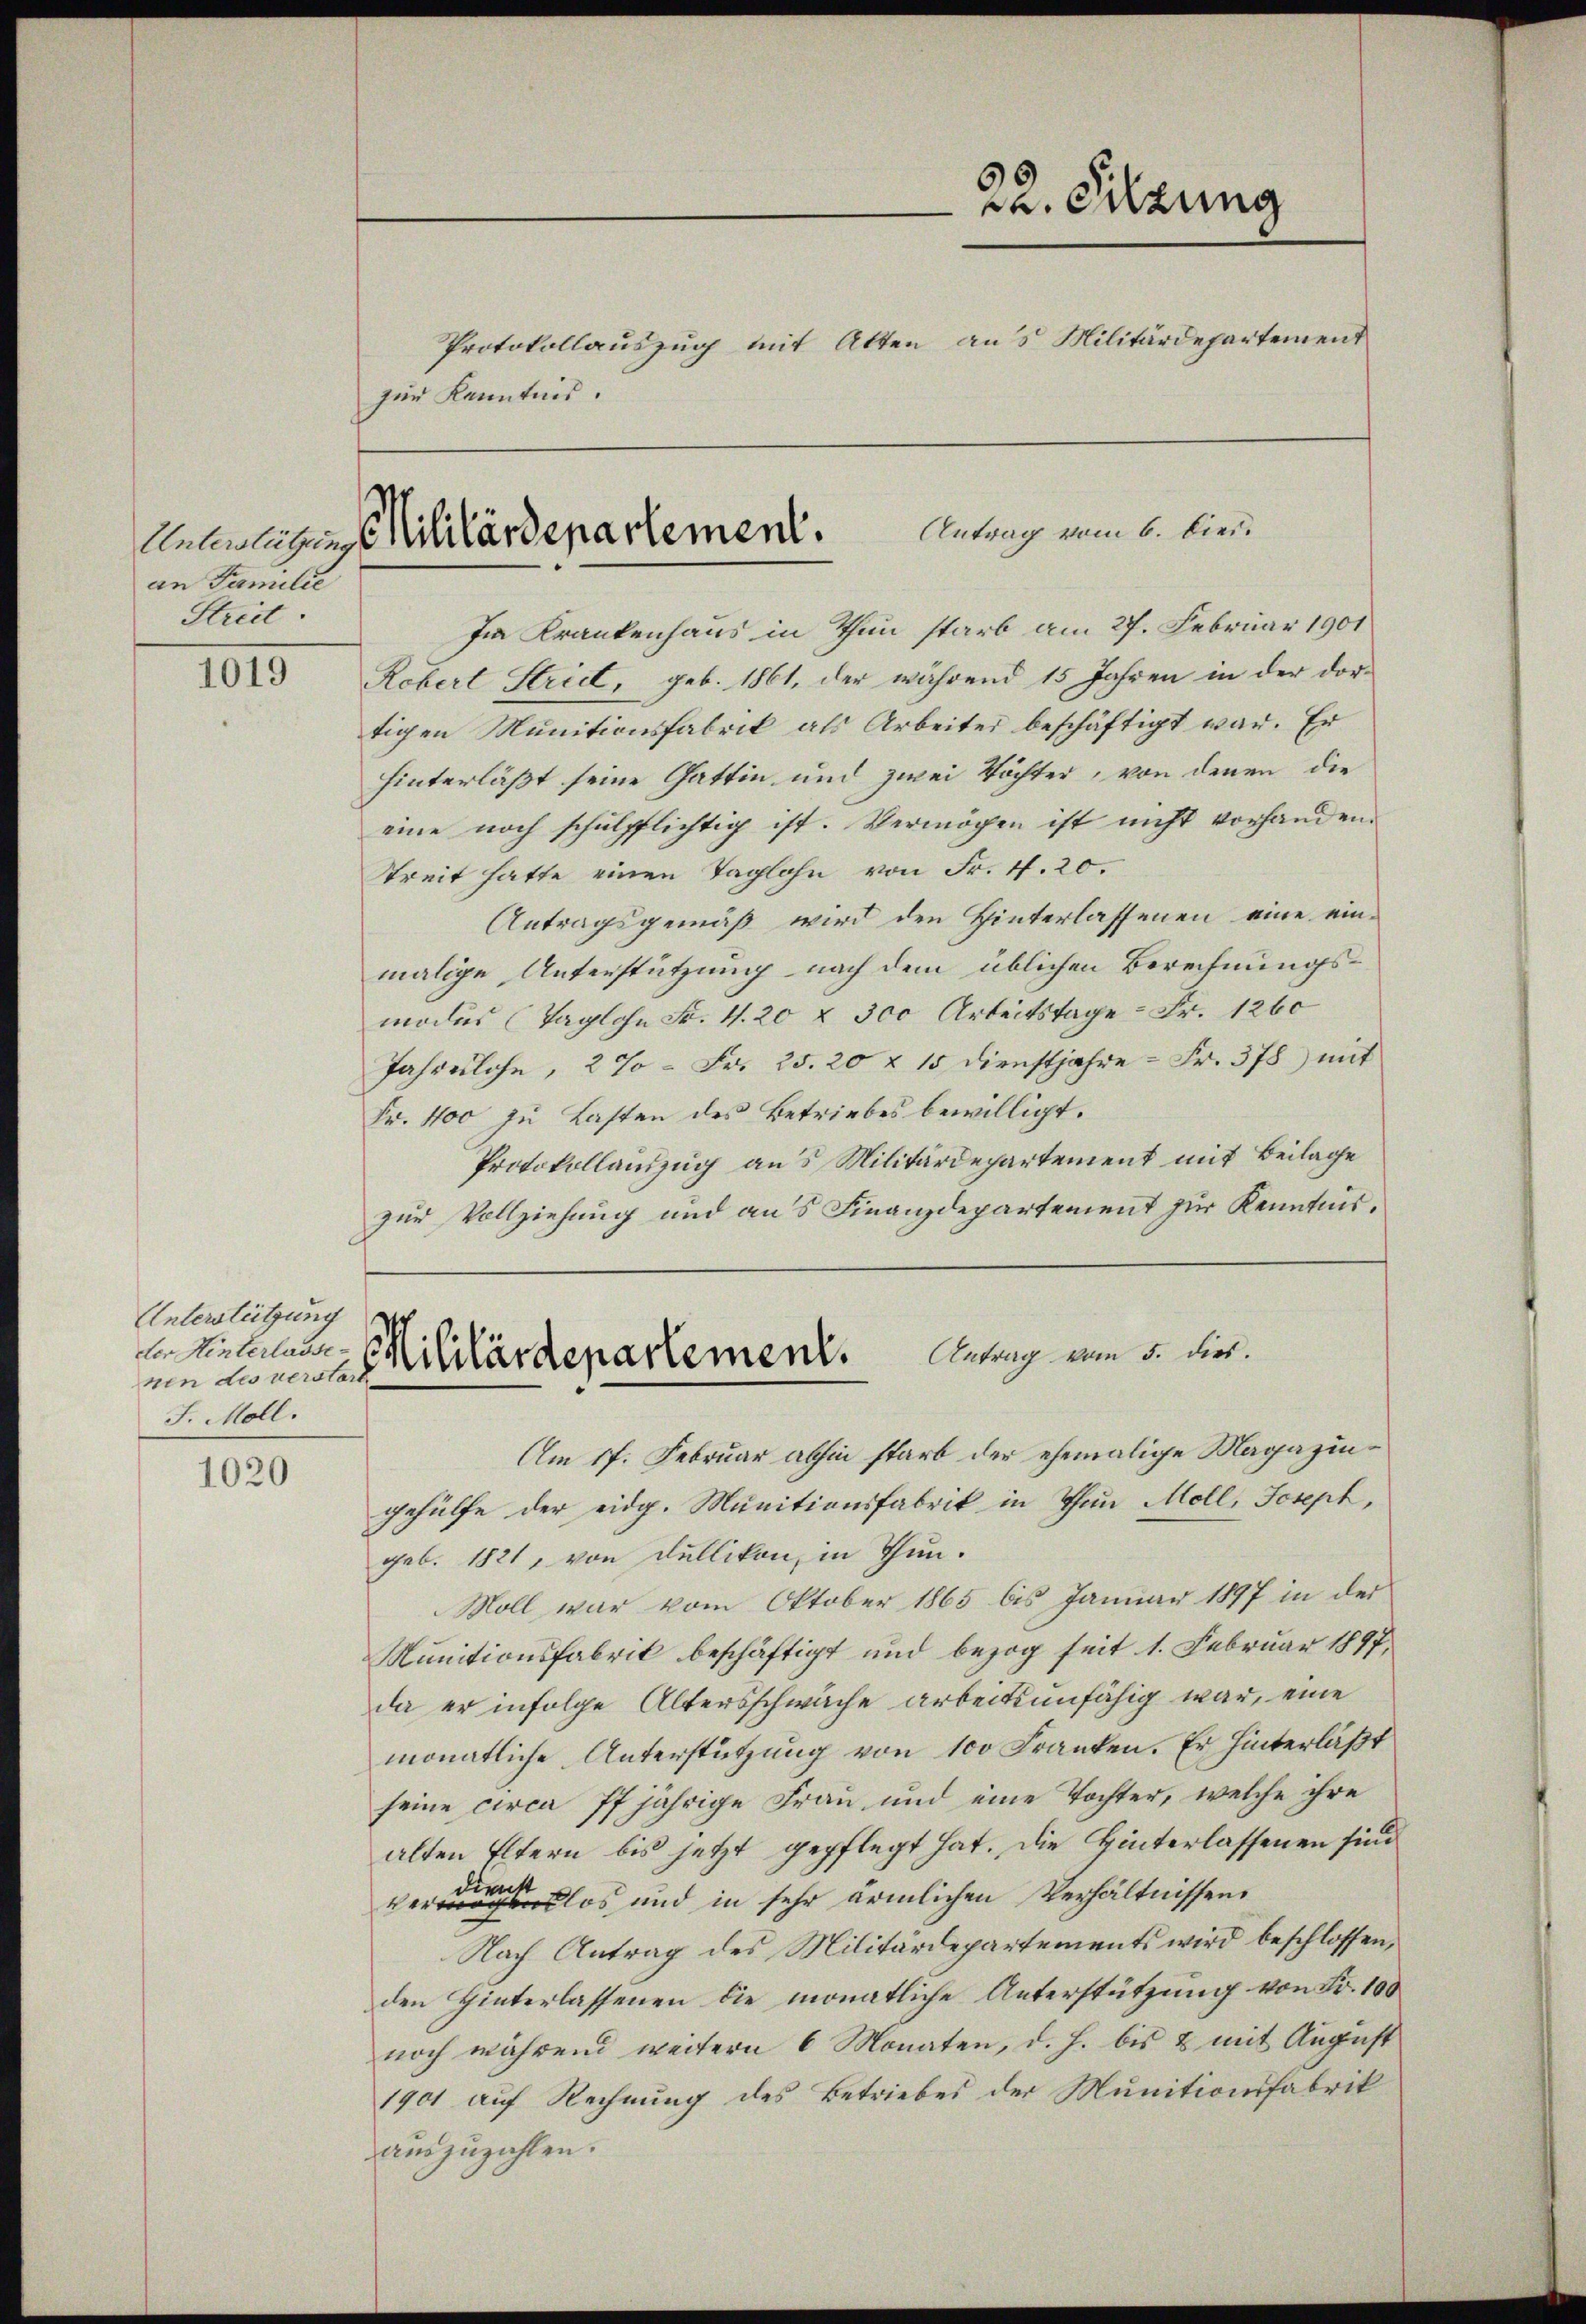
an Familie
Streit.

1019

1020

Unterstützung
der Hinterlasse
nen des verstor
J. Moll.

zur Kenntnis.

Anteiligens Militärdepartement. Antrag vom 6. Dien

Im Krankenhaus in Thun starb am 27. Februar 1901
Robert Strict, geb. 1861, der während 15 Jahren in der dortigen Munitionsfabrik als Arbeiter beschäftigt war. Er
hinterläßt seine Gattin und zwei Töchter, von denen die
eine noch schulpflichtig ist. Vermögen ist nicht vorhanden.
treit hatte einen Taglohn von Fr. 4. 20.
Antragsgemäß wird den Hinterlassenen eine einmalige Unterstützung nach dem üblichen Berechnungsmoder (Taglohn Fr. 4. 20 x 300 Arbeitstage - Fr. 1260
Jahrenlohn, 2 % = Fr. 25. 20 x 15 dienstjahre - Fr. 378) mit
Fr. 400 zu Lasten des Betriebes bewilligt.
Protokollauszug aus Militärdepartement mit Beilage
zur Vollziehung und aus Finanzdepartement zur Kenntnis.

22. Sitzung
Protokollauszug mit Atten aus Militärdepartement

Militärdepartement. Antrag vom 5. dies.

Am 17. Februar abhin starb der ehemalige Magazingehülfe der eidg. Munitionsfabrik in Thun Moll, Joseph,
geb. 1821, von Fullikon, in Thun.
Moll war vom Oktober 1865 bis Januar 1897 in der
Munitionsfabrik beschäftigt und bezog seit 1. Februar 1897,
da er infolge Altersschwäche arbeitsunfähig war, eine
monatliche Unterstützung von 100 Franken. Er hinterläßt
seine circa 77jährige Frau und eine Tochter, welche ihre
alten Eltern bis jetzt gepflegt hat. Die Hinterlassenen sind
erlos und in sehr ärmlichen Verhältnissen.
Nach Antrag des Militärdepartements wird beschlossen,
den Hinterlassenen die monatliche Unterstützung von Fr. 100
noch während weitern 6 Monaten, d. h. bis & mit August
1901 auf Rechnung des Betriebes der Munitionsfabrik
auszuzahlen.